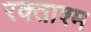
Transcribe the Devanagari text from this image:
रक्ताश्म